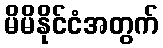
မိမိနိုင်ငံအတွက်